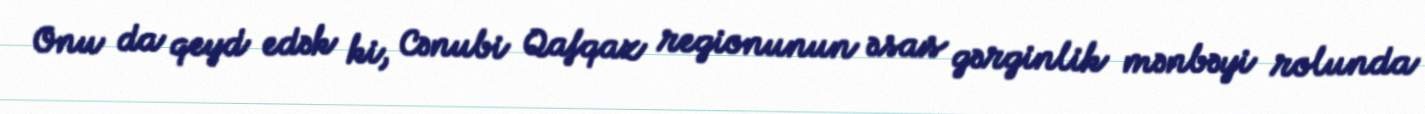
Onu da qeyd edək ki, Cənubi Qafqaz regionunun əsas gərginlik mənbəyi rolunda